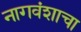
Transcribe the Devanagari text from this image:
नागवंशाचा